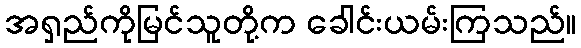
အရှည်ကိုမြင်သူတို့က ခေါင်းယမ်းကြသည်။